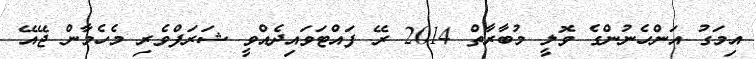
އިމަގު އަންހެނުންގެ ވޮލީ މުބާރާތް 2014 ރޭ ފައްޓަވައިދެއްވީ ޝަރަފްވެރި މެހެމާން ޖޭއޭ